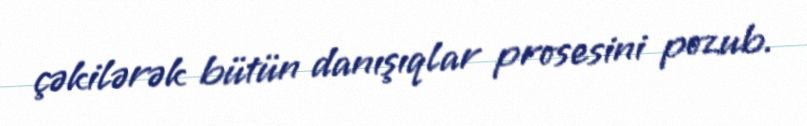
çəkilərək bütün danışıqlar prosesini pozub.